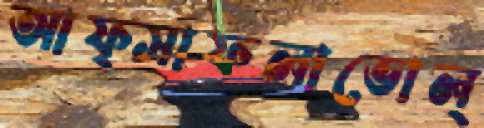
আফ্সাফলাভোল্